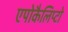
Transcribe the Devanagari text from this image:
एपोकैलिप्टो